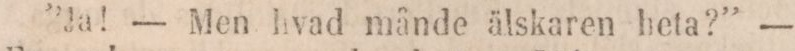
”Ja! — Men hvad månde älskaren heta?” —